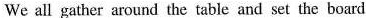
We all gather around the table and set the board